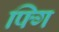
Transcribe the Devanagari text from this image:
फ्गि